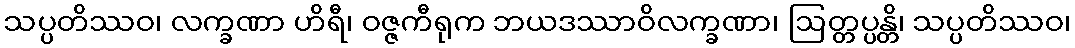
သပ္ပတိဿဝ၊ လက္ခဏာ ဟိရီ၊ ဝဇ္ဇကီရုက ဘယဒဿာဝိလက္ခဏာ၊ ဩတ္တပ္ပန္တိ၊ သပ္ပတိဿဝ၊